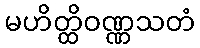
မဟိတ္ထိဝဏ္ဏသတံ